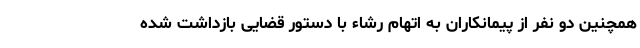
همچنین دو نفر از پیمانکاران به اتهام رشاء با دستور قضایی بازداشت شده